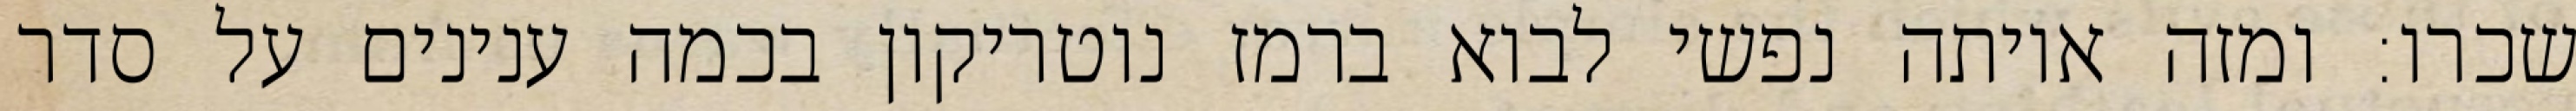
שכרו: ומזה איותה נפשי לבוא ברמז נוטריקון בכמה ענינים על סדר